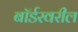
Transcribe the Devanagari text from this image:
बॉर्डरवरील